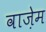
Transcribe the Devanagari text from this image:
वाज़ेम